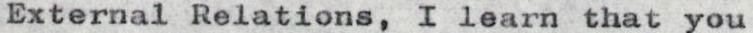
External Relations, I learn that you